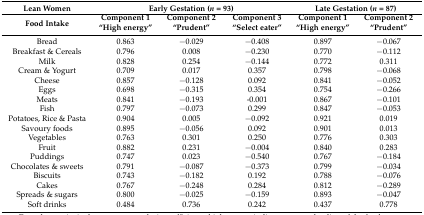
<table><thead><tr><td><b>Lean Women</b></td><td colspan="3"><b>Early Gestation (<i>n </i>= 93)</b></td><td colspan="2"><b>Late Gestation (<i>n</i> = 87)</b></td></tr><tr><td rowspan="2"><b>Food Intake</b></td><td><b>Component 1</b></td><td><b>Component 2</b></td><td><b>Component 3</b></td><td><b>Component 1</b></td><td><b>Component 2</b></td></tr><tr><td><b>“High energy”</b></td><td><b>“Prudent”</b></td><td><b>“Select eater”</b></td><td><b>“High energy”</b></td><td><b>“Prudent”</b></td></tr></thead><tbody><tr><td>Bread</td><td>0.863</td><td>−0.029</td><td>−0.408</td><td>0.897</td><td>−0.067</td></tr><tr><td>Breakfast &amp; Cereals</td><td>0.796</td><td>0.008</td><td>−0.230</td><td>0.770</td><td>−0.112</td></tr><tr><td>Milk</td><td>0.828</td><td>0.254</td><td>−0.144</td><td>0.772</td><td>0.311</td></tr><tr><td>Cream &amp; Yogurt</td><td>0.709</td><td>0.017</td><td>0.357</td><td>0.798</td><td>−0.068</td></tr><tr><td>Cheese</td><td>0.857</td><td>−0.128</td><td>0.092</td><td>0.841</td><td>−0.052</td></tr><tr><td>Eggs</td><td>0.698</td><td>−0.315</td><td>0.354</td><td>0.754</td><td>−0.266</td></tr><tr><td>Meats</td><td>0.841</td><td>−0.193</td><td>-0.001</td><td>0.867</td><td>−0.101</td></tr><tr><td>Fish</td><td>0.797</td><td>−0.073</td><td>0.299</td><td>0.847</td><td>−0.053</td></tr><tr><td>Potatoes, Rice &amp; Pasta</td><td>0.904</td><td>0.005</td><td>−0.092</td><td>0.921</td><td>0.019</td></tr><tr><td>Savoury foods</td><td>0.895</td><td>−0.056</td><td>0.092</td><td>0.901</td><td>0.013</td></tr><tr><td>Vegetables</td><td>0.763</td><td>0.301</td><td>0.250</td><td>0.776</td><td>0.303</td></tr><tr><td>Fruit</td><td>0.882</td><td>0.231</td><td>−0.004</td><td>0.840</td><td>0.283</td></tr><tr><td>Puddings</td><td>0.747</td><td>0.023</td><td>−0.540</td><td>0.767</td><td>−0.184</td></tr><tr><td>Chocolates &amp; sweets</td><td>0.791</td><td>−0.087</td><td>−0.373</td><td>0.799</td><td>−0.034</td></tr><tr><td>Biscuits</td><td>0.743</td><td>−0.182</td><td>0.192</td><td>0.788</td><td>−0.076</td></tr><tr><td>Cakes</td><td>0.767</td><td>−0.248</td><td>0.284</td><td>0.812</td><td>−0.289</td></tr><tr><td>Spreads &amp; sugars</td><td>0.800</td><td>−0.025</td><td>−0.159</td><td>0.893</td><td>−0.047</td></tr><tr><td>Soft drinks</td><td>0.484</td><td>0.736</td><td>0.242</td><td>0.437</td><td>0.778</td></tr></tbody></table>